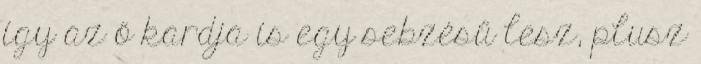
így az ő kardja is egy sebzésű lesz, plusz